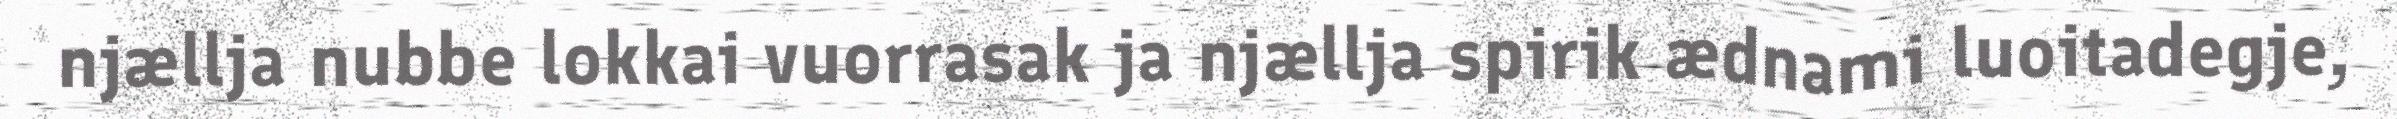
njællja nubbe lokkai vuorrasak ja njællja spirik ædnami luoitadegje,